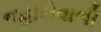
નહોરોવાળી